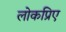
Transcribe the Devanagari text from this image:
लोकप्रिए